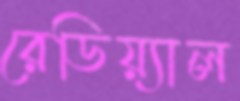
রেডিয়্যাল